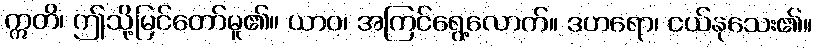
ဣတိ၊ ဤသို့မြင်တော်မူ၏။ ယာဝ၊ အကြင်ရွေ့လောက်။ ဒဟရော၊ ငယ်နုသေး၏။